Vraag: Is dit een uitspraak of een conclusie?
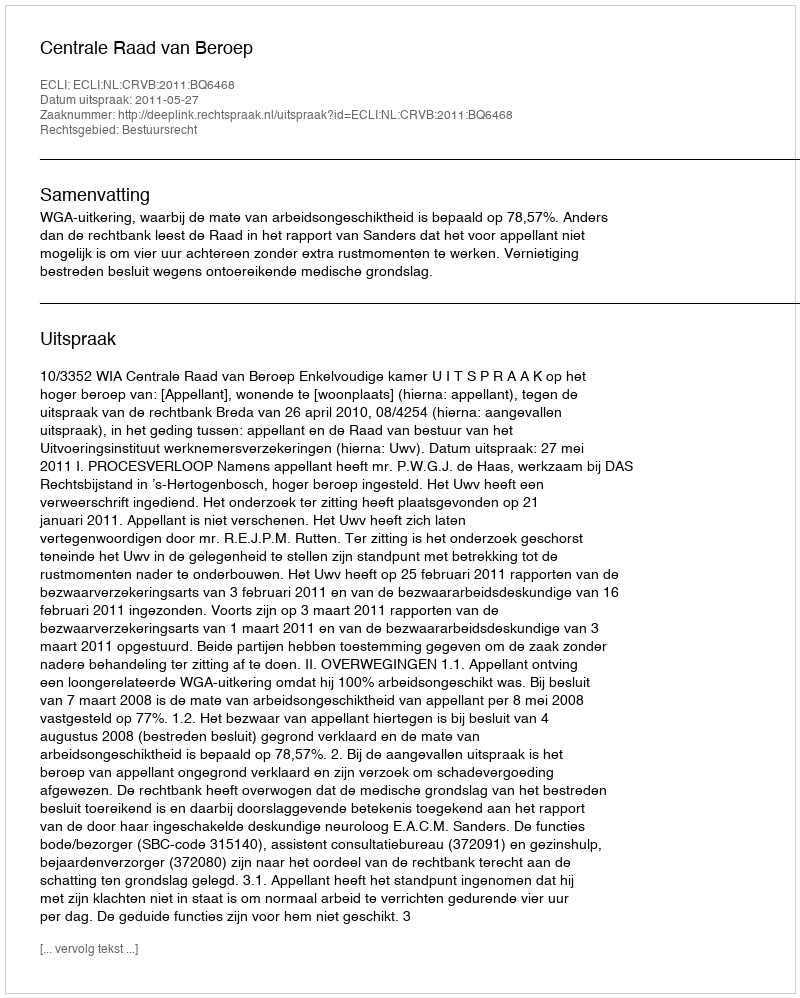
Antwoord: Uitspraak